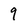
Character: 9